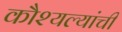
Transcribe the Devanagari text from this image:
कौश्यल्यांची